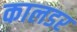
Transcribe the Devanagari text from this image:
कालडर